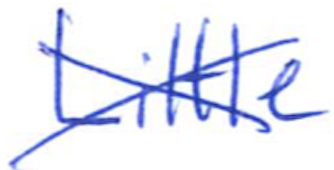
Text: Little
Cross-out: cross
Writing tool: ballpoint